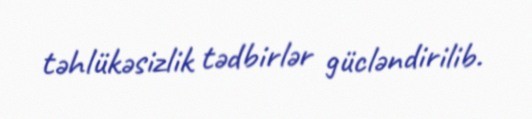
təhlükəsizlik tədbirlər gücləndirilib.